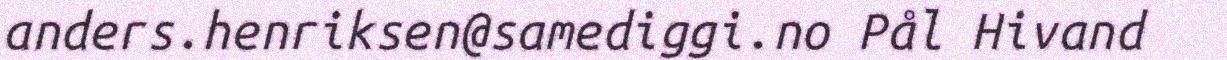
anders.henriksen@samediggi.no Pål Hivand